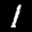
Label: 1